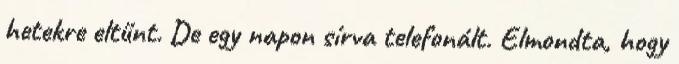
hetekre eltűnt. De egy napon sírva telefonált. Elmondta, hogy